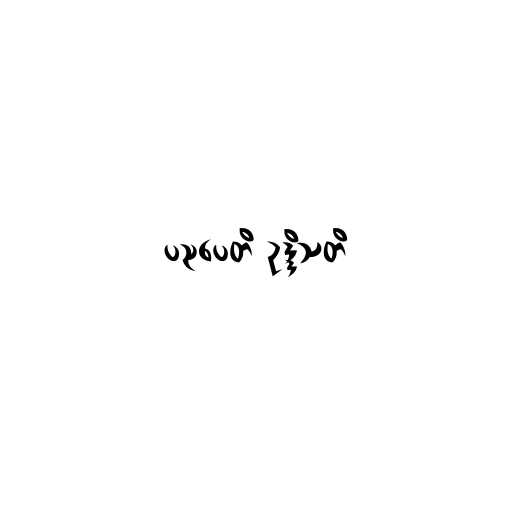
ပညပေတိ ဥဒ္ဒိသတိ